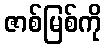
ဇာစ်မြစ်ကို